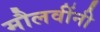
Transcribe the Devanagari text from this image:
मौलवींनी